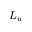
L _ { w }